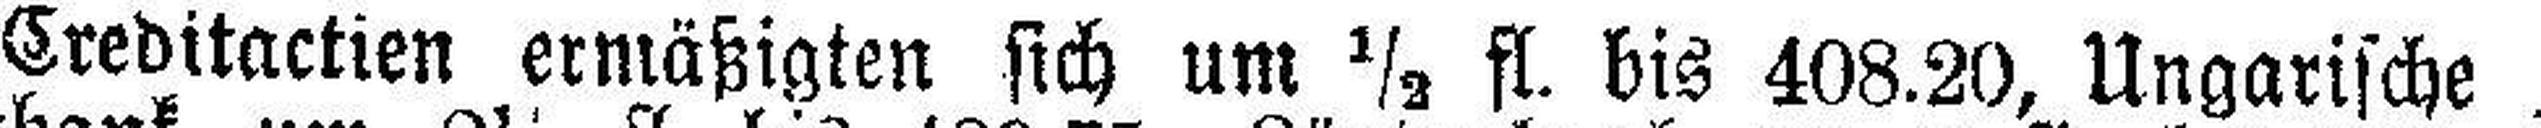
Creditactien ermäßigten sich um ½ fl. bis 408.20, Ungarische